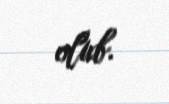
olub.